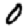
Digit: 0